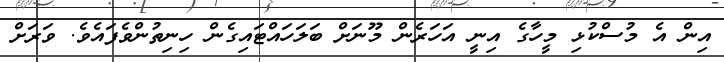
އިން އެ މުސްކުޅި މީހާގެ އިނީ އަހަރެން މޫނަށް ބަލަހައްޓައިގެން ހިނިތުންވެފައެވެ. ވަރަށް